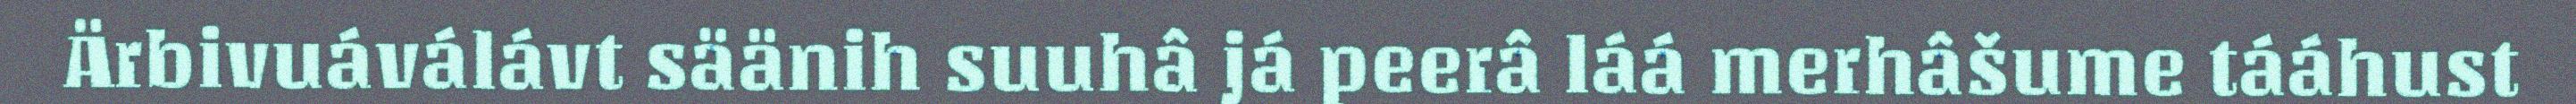
Ärbivuáválávt säänih suuhâ já peerâ láá merhâšume tááhust